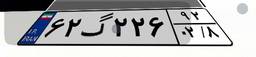
۲۹گ۴۷۵۲۶